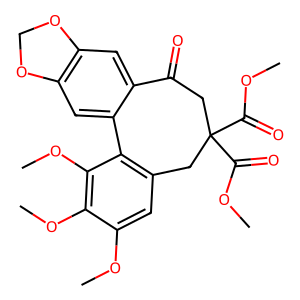
SMILES: COC(=O)C1(C(=O)OC)CC(=O)c2cc3c(cc2-c2c(cc(OC)c(OC)c2OC)C1)OCO3
Inhibits HIV replication: No